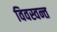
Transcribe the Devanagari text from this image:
विवस्वन्त